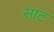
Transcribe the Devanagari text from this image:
साट